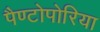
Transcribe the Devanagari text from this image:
पैण्टोपोरिया